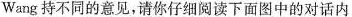
Wang持不同的意见，请你仔细阅读下面图中的对话内